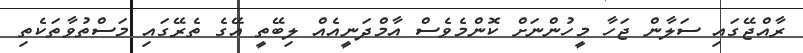
ރާއްޖޭގައި ސަލާން ޖަހާ މީހުންނަށް ކޮންމެވެސް އާމްދަނީއެއް ލިބޭތީ އޭގެ ތެރޭގައި މަސްތުވާތަކެތި